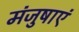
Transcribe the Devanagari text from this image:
मंजुषाएं